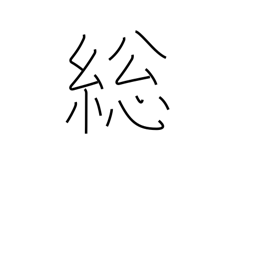
Meaning: full